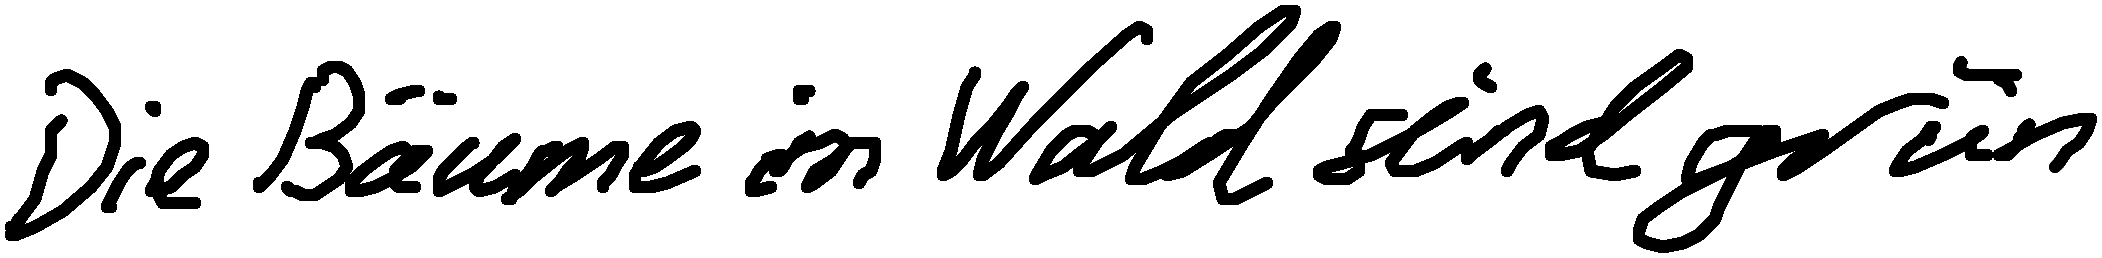
Die Bäume im Wald sind grün.